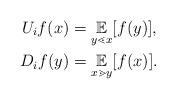
LaTeX: \begin{align*} U_i f(x) &= \underset{y \lessdot x}{\mathbb{E}}[f(y)],\\ D_if(y) &= \underset{x \gtrdot y}{\mathbb{E}}[f(x)].\end{align*}